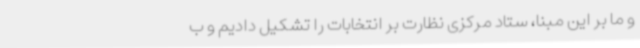
و ما بر این مبنا، ستاد مرکزی نظارت بر انتخابات را تشکیل دادیم و ب